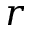
r